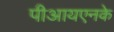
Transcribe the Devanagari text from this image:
पीआयएनके